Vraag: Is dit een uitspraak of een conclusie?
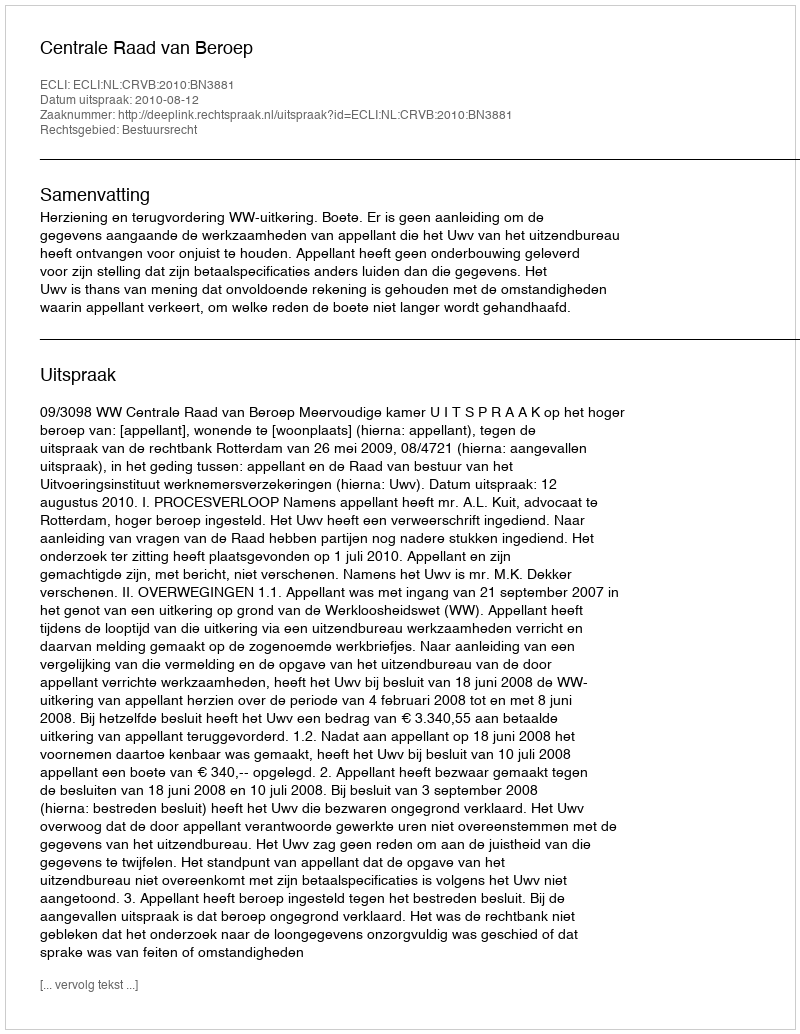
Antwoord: Uitspraak